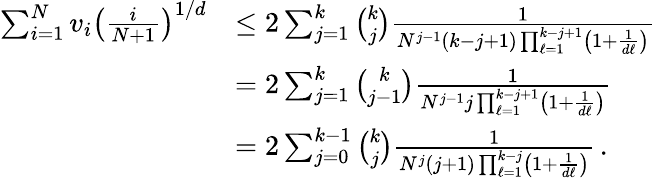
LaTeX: \begin{array}{rl}{\sum_{i=1}^{N}v_{i}\left(\frac{i}{N+1}\right)^{1/d}}&{\leq 2\sum_{j=1}^{k}{\binom{k}{j}}\frac{1}{N^{j-1}(k-j+1)\prod_{\ell=1}^{k-j+1}\left(1+\frac{1}{d\ell}\right)}}\\ &{=2\sum_{j=1}^{k}{\binom{k}{j-1}}\frac{1}{N^{j-1}j\prod_{\ell=1}^{k-j+1}\left(1+\frac{1}{d\ell}\right)}}\\ &{=2\sum_{j=0}^{k-1}{\binom{k}{j}}\frac{1}{N^{j}(j+1)\prod_{\ell=1}^{k-j}\left(1+\frac{1}{d\ell}\right)}\, .}\end{array}